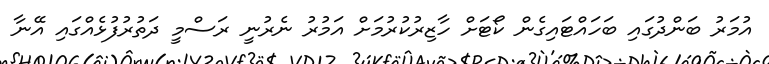
އުމަރު ބަންދުގައި ބަހައްޓައިގެން ކޯޓަށް ހާޒިރުކުރުމަށް އަމުރު ނެރުނީ ރަސްމީ ދަތުރުފުޅެއްގައި އޭނާ